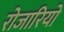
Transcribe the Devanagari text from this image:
रोजारियो